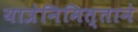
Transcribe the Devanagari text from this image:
यात्रेनिमित्ताने